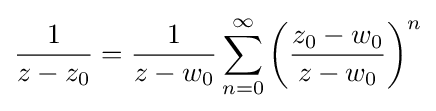
{\frac {1}{z-z_{0}}}={\frac {1}{z-w_{0}}}\sum _{n=0}^{\infty }\left({\frac {z_{0}-w_{0}}{z-w_{0}}}\right)^{n}